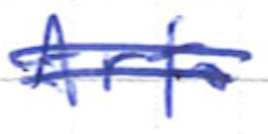
Text: Arts
Cross-out: mix
Writing tool: ballpoint